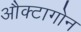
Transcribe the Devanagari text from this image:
औक्टागोन